Civil Veterinary Department. Madras. Admin. report 1926-33 - 1926-1933
Year: 1926
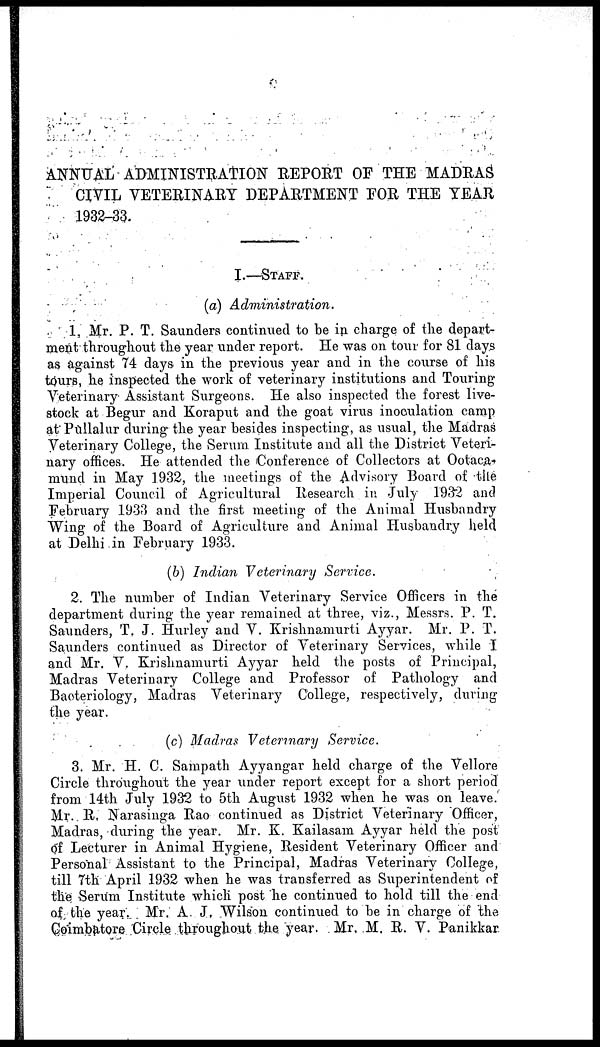
ANNUAL ADMINISTRATION REPORT OF THE MADRAS
CIVIL VETERINARY DEPARTMENT FOR THE YEAR
1932-33.
I.—STAFF.
(a) Administration.
1. Mr. P. T. Saunders continued to be in charge of the depart-
ment throughout the year under report. He was on tour for 81 days
as against 74 days in the previous year and in the course of his
tours, he inspected the work of veterinary institutions and Touring
Veterinary Assistant Surgeons. He also inspected the forest live-
stock at Begur and Koraput and the goat virus inoculation camp
at Pullalur during the year besides inspecting, as usual, the Madras
Veterinary College, the Serum Institute and all the District Veteri-
nary offices. He attended the Conference of Collectors at Ootaca-
mund in May 1932, the meetings of the Advisory Board of the
Imperial Council of Agricultural Research in July 1932 and
February 1933 and the first meeting of the Animal Husbandry
Wing of the Board of Agriculture and Animal Husbandry held
at Delhi in February 1933.
(b) Indian Veterinary
Service.
2. The number of Indian Veterinary Service Officers in the
department during the year remained at three, viz., Messrs. P. T.
Saunders, T. J. Hurley and V. Krishnamurti Ayyar. Mr. P. T.
Saunders continued as Director of Veterinary Services, while I
and Mr. V. Krishnamurti Ayyar held the posts of Principal,
Madras Veterinary College and Professor of Pathology and
Bacteriology, Madras Veterinary College, respectively, during
the year.
(c) Madras Veterinary
Service.
3. Mr. H. C. Sampath Ayyangar held charge of the Vellore
Circle throughout the year under report except for a short period
from 14th July 1932 to 5th August 1932 when he was on leave.
Mr. R. Narasinga Rao continued as District Veterinary Officer,
Madras, during the year. Mr. K. Kailasam Ayyar held the post
of Lecturer in Animal Hygiene, Resident Veterinary Officer and
Personal Assistant to the Principal, Madras Veterinary College,
till 7th April 1932 when he was transferred as Superintendent of
the Serum Institute which post he continued to hold till the end
of the year. Mr. A J. Wilson continued to be in charge of the
Coimbatore Circle throughout the year. Mr. M. R. V. Panikkar